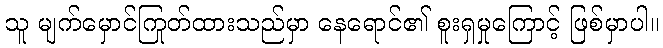
သူ မျက်မှောင်ကြုတ်ထားသည်မှာ နေရောင်၏ စူးရှမှုကြောင့် ဖြစ်မှာပါ။